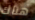
هناك